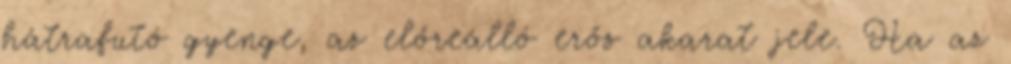
hátrafutó gyenge, az előreálló erős akarat jele. Ha az